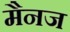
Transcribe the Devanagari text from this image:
मैनज